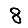
Digit: 8